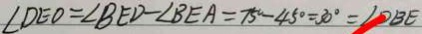
\angle D E O = \angle B E D - \angle B E A = 7 5 ^ { \circ } - 4 5 ^ { \circ } = 3 0 ^ { \circ } = \angle D B E